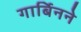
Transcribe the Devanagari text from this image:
गार्बिनने